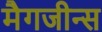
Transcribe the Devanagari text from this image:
मैगजीन्स